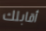
أقابلك